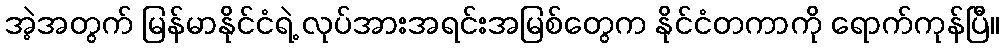
အဲ့အတွက် မြန်မာနိုင်ငံရဲ့ လုပ်အားအရင်းအမြစ်တွေက နိုင်ငံတကာကို ရောက်ကုန်ပြီ။